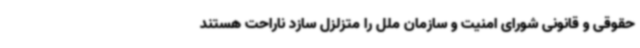
حقوقی و قانونی شورای امنیت و سازمان ملل را متزلزل سازد ناراحت هستند